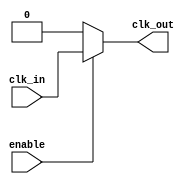
module clock_buffer (
    input wire clk_in,        // Single-ended clock input
    input wire enable,        // Optional enable input
    output wire clk_out       // Buffered clock output
);

// Internal signal for buffered clock
wire clk_buf;

// Buffer implementation using a simple inverter and a drive strength mechanism
// Note: In a real design, you would use specific technology cells for buffering
assign clk_buf = enable ? clk_in : 1'b0; // Output 0 when disabled

// Instantiate a buffer (this is a placeholder for actual buffer logic)
assign clk_out = clk_buf;

endmodule